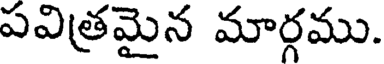
పవిత్రమైన మార్గము.